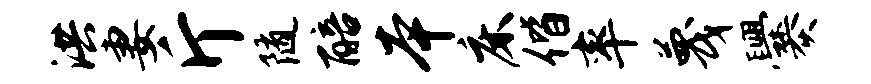
洪妻斤随醅本床偕率蔑爨